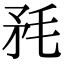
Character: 𣭅